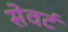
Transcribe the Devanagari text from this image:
सेवर्ट